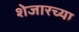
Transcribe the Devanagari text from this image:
शेजारच्‍या